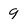
Character: 9